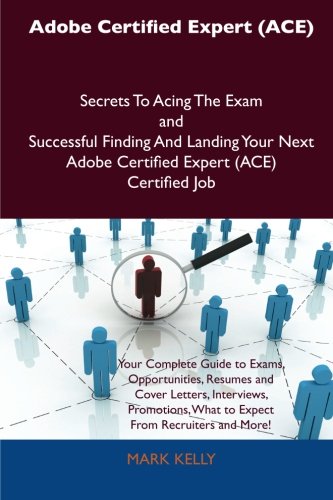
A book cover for Adobe Certified Expert (ACE) Secrets To Acing The Exam and Successful Finding And Landing Your Next Adobe Certified Expert (ACE) Certified Job; Mark Kelly; Computers & Technology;